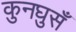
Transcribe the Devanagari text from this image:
कुनघुसँ